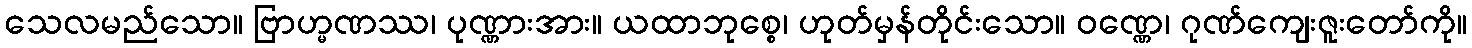
သေလမည်သော။ ဗြာဟ္မဏဿ၊ ပုဏ္ဏားအား။ ယထာဘုစ္စေ၊ ဟုတ်မှန်တိုင်းသော။ ဝဏ္ဏေ၊ ဂုဏ်ကျေးဇူးတော်ကို။